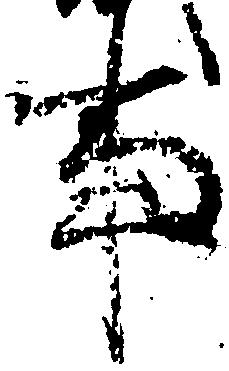
事